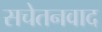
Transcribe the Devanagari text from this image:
सचेतनवाद